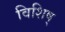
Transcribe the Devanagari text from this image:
विशिष्